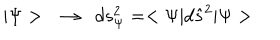
| \Psi > \ \ \rightarrow \ \ d s _ { \Psi } ^ { 2 } = < \Psi | d \hat { s } ^ { 2 } | \Psi >